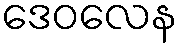
ဒေဝလေန